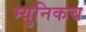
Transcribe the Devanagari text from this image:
म्युनिकच